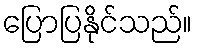
ပြောပြနိုင်သည်။